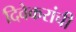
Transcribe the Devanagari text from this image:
दिवेकरांची